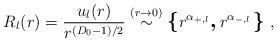
LaTeX: \begin{align*}R_{l}(r) =\frac{u_{l}(r)}{r^{( D_{0} - 1)/2 }} \stackrel{(r \rightarrow 0 )}{\sim}\mbox{\boldmath\large $\left\{ \right.$ } \! \! \!r^{\alpha_{+,l} }\mbox{\boldmath\large $,$ } \! r^{\alpha_{-,l} }\mbox{\boldmath\large $\left. \right\}$ } \! \!\; ,\end{align*}